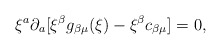
\begin{align*}\xi^a\partial_a[\xi^\beta g_{\beta\mu}(\xi) - \xi^\beta c_{\beta\mu}] = 0,\end{align*}